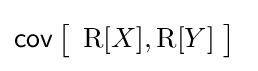
\operatorname {\mathsf {cov}} {\bigl [}\ \operatorname {R} [X],\operatorname {R} [Y]\ {\bigr ]}\